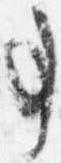
事